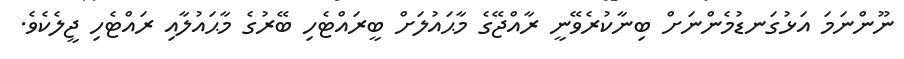
ނޫންނަމަ އަޅުގަނޑުމެންނަށް ބިނާކުރެވޭނީ ރާއްޖޭގެ މާޙައުލަށް ބީރައްޓެހި ބޭރުގެ މާޙައުލާއި ރައްޓެހި ޖީލެކެވެ.